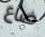
ضاع